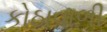
કોઠાવાળી